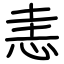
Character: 恚